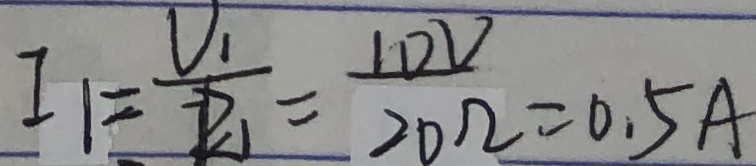
I _ { 1 } = \frac { U _ { 1 } } { R _ { 1 } } = \frac { 1 0 v } { 2 0 \Omega } = 0 . 5 A